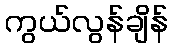
ကွယ်လွန်ချိန်